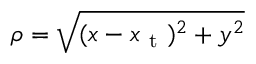
\rho = \sqrt { ( x - x _ { \mathrm { ~ t ~ } } ) ^ { 2 } + y ^ { 2 } }